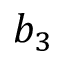
b _ { 3 }